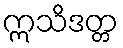
ဣသိဒတ္တ